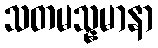
သတမသ္နမာနာ